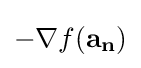
-\nabla f(\mathbf {a_{n}} )